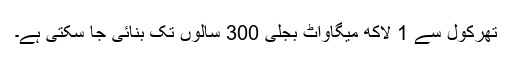
تھرکول سے 1 لاکھ میگاواٹ بجلی 300 سالوں تک بنائی جا سکتی ہے۔